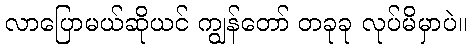
လာပြောမယ်ဆိုယင် ကျွန်တော် တခုခု လုပ်မိမှာပဲ။